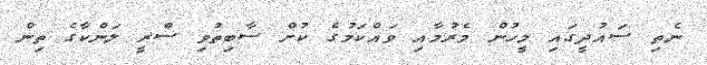
ނެތި ސައުދީގައި މީހުން މެރުމާއި ވައްކަމުގެ ކުށް ސާބިތުވި ސްރީ ލަންކާގެ ތިން